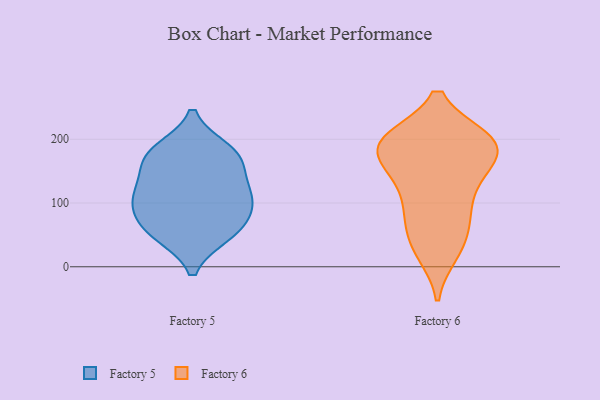
{"axis": {"x": "Active Users", "y": "Value"}, "legend": ["Factory 5", "Factory 6"], "data": [{"x": "", "y": 163, "type": "Factory 5"}, {"x": "", "y": 50, "type": "Factory 5"}, {"x": "", "y": 50, "type": "Factory 5"}, {"x": "", "y": 99, "type": "Factory 5"}, {"x": "", "y": 64, "type": "Factory 5"}, {"x": "", "y": 170, "type": "Factory 5"}, {"x": "", "y": 120, "type": "Factory 5"}, {"x": "", "y": 119, "type": "Factory 5"}, {"x": "", "y": 183, "type": "Factory 5"}, {"x": "", "y": 82, "type": "Factory 5"}, {"x": "", "y": 178, "type": "Factory 5"}, {"x": "", "y": 111, "type": "Factory 5"}, {"x": "", "y": 93, "type": "Factory 6"}, {"x": "", "y": 199, "type": "Factory 6"}, {"x": "", "y": 72, "type": "Factory 6"}, {"x": "", "y": 165, "type": "Factory 6"}, {"x": "", "y": 130, "type": "Factory 6"}, {"x": "", "y": 96, "type": "Factory 6"}, {"x": "", "y": 199, "type": "Factory 6"}, {"x": "", "y": 181, "type": "Factory 6"}, {"x": "", "y": 200, "type": "Factory 6"}, {"x": "", "y": 161, "type": "Factory 6"}, {"x": "", "y": 35, "type": "Factory 6"}, {"x": "", "y": 199, "type": "Factory 6"}, {"x": "", "y": 195, "type": "Factory 6"}, {"x": "", "y": 156, "type": "Factory 6"}, {"x": "", "y": 22, "type": "Factory 6"}, {"x": "", "y": 137, "type": "Factory 6"}, {"x": "", "y": 27, "type": "Factory 6"}, {"x": "", "y": 69, "type": "Factory 6"}, {"x": "", "y": 200, "type": "Factory 6"}, {"x": "", "y": 198, "type": "Factory 6"}]}